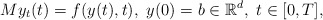
\begin{align*}M y_{t}(t) = f(y(t), t), \ y(0) = b \in \mathbb{R}^{d}, \ t \in [0,T],\end{align*}